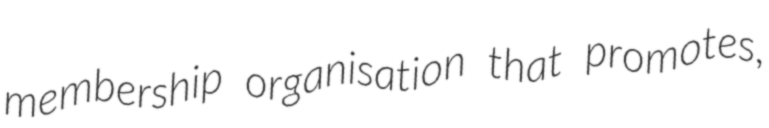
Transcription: membership organisation that promotes,